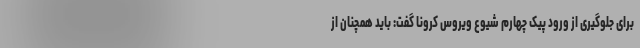
برای جلوگیری از ورود پیک چهارم شیوع ویروس کرونا گفت: باید همچنان از